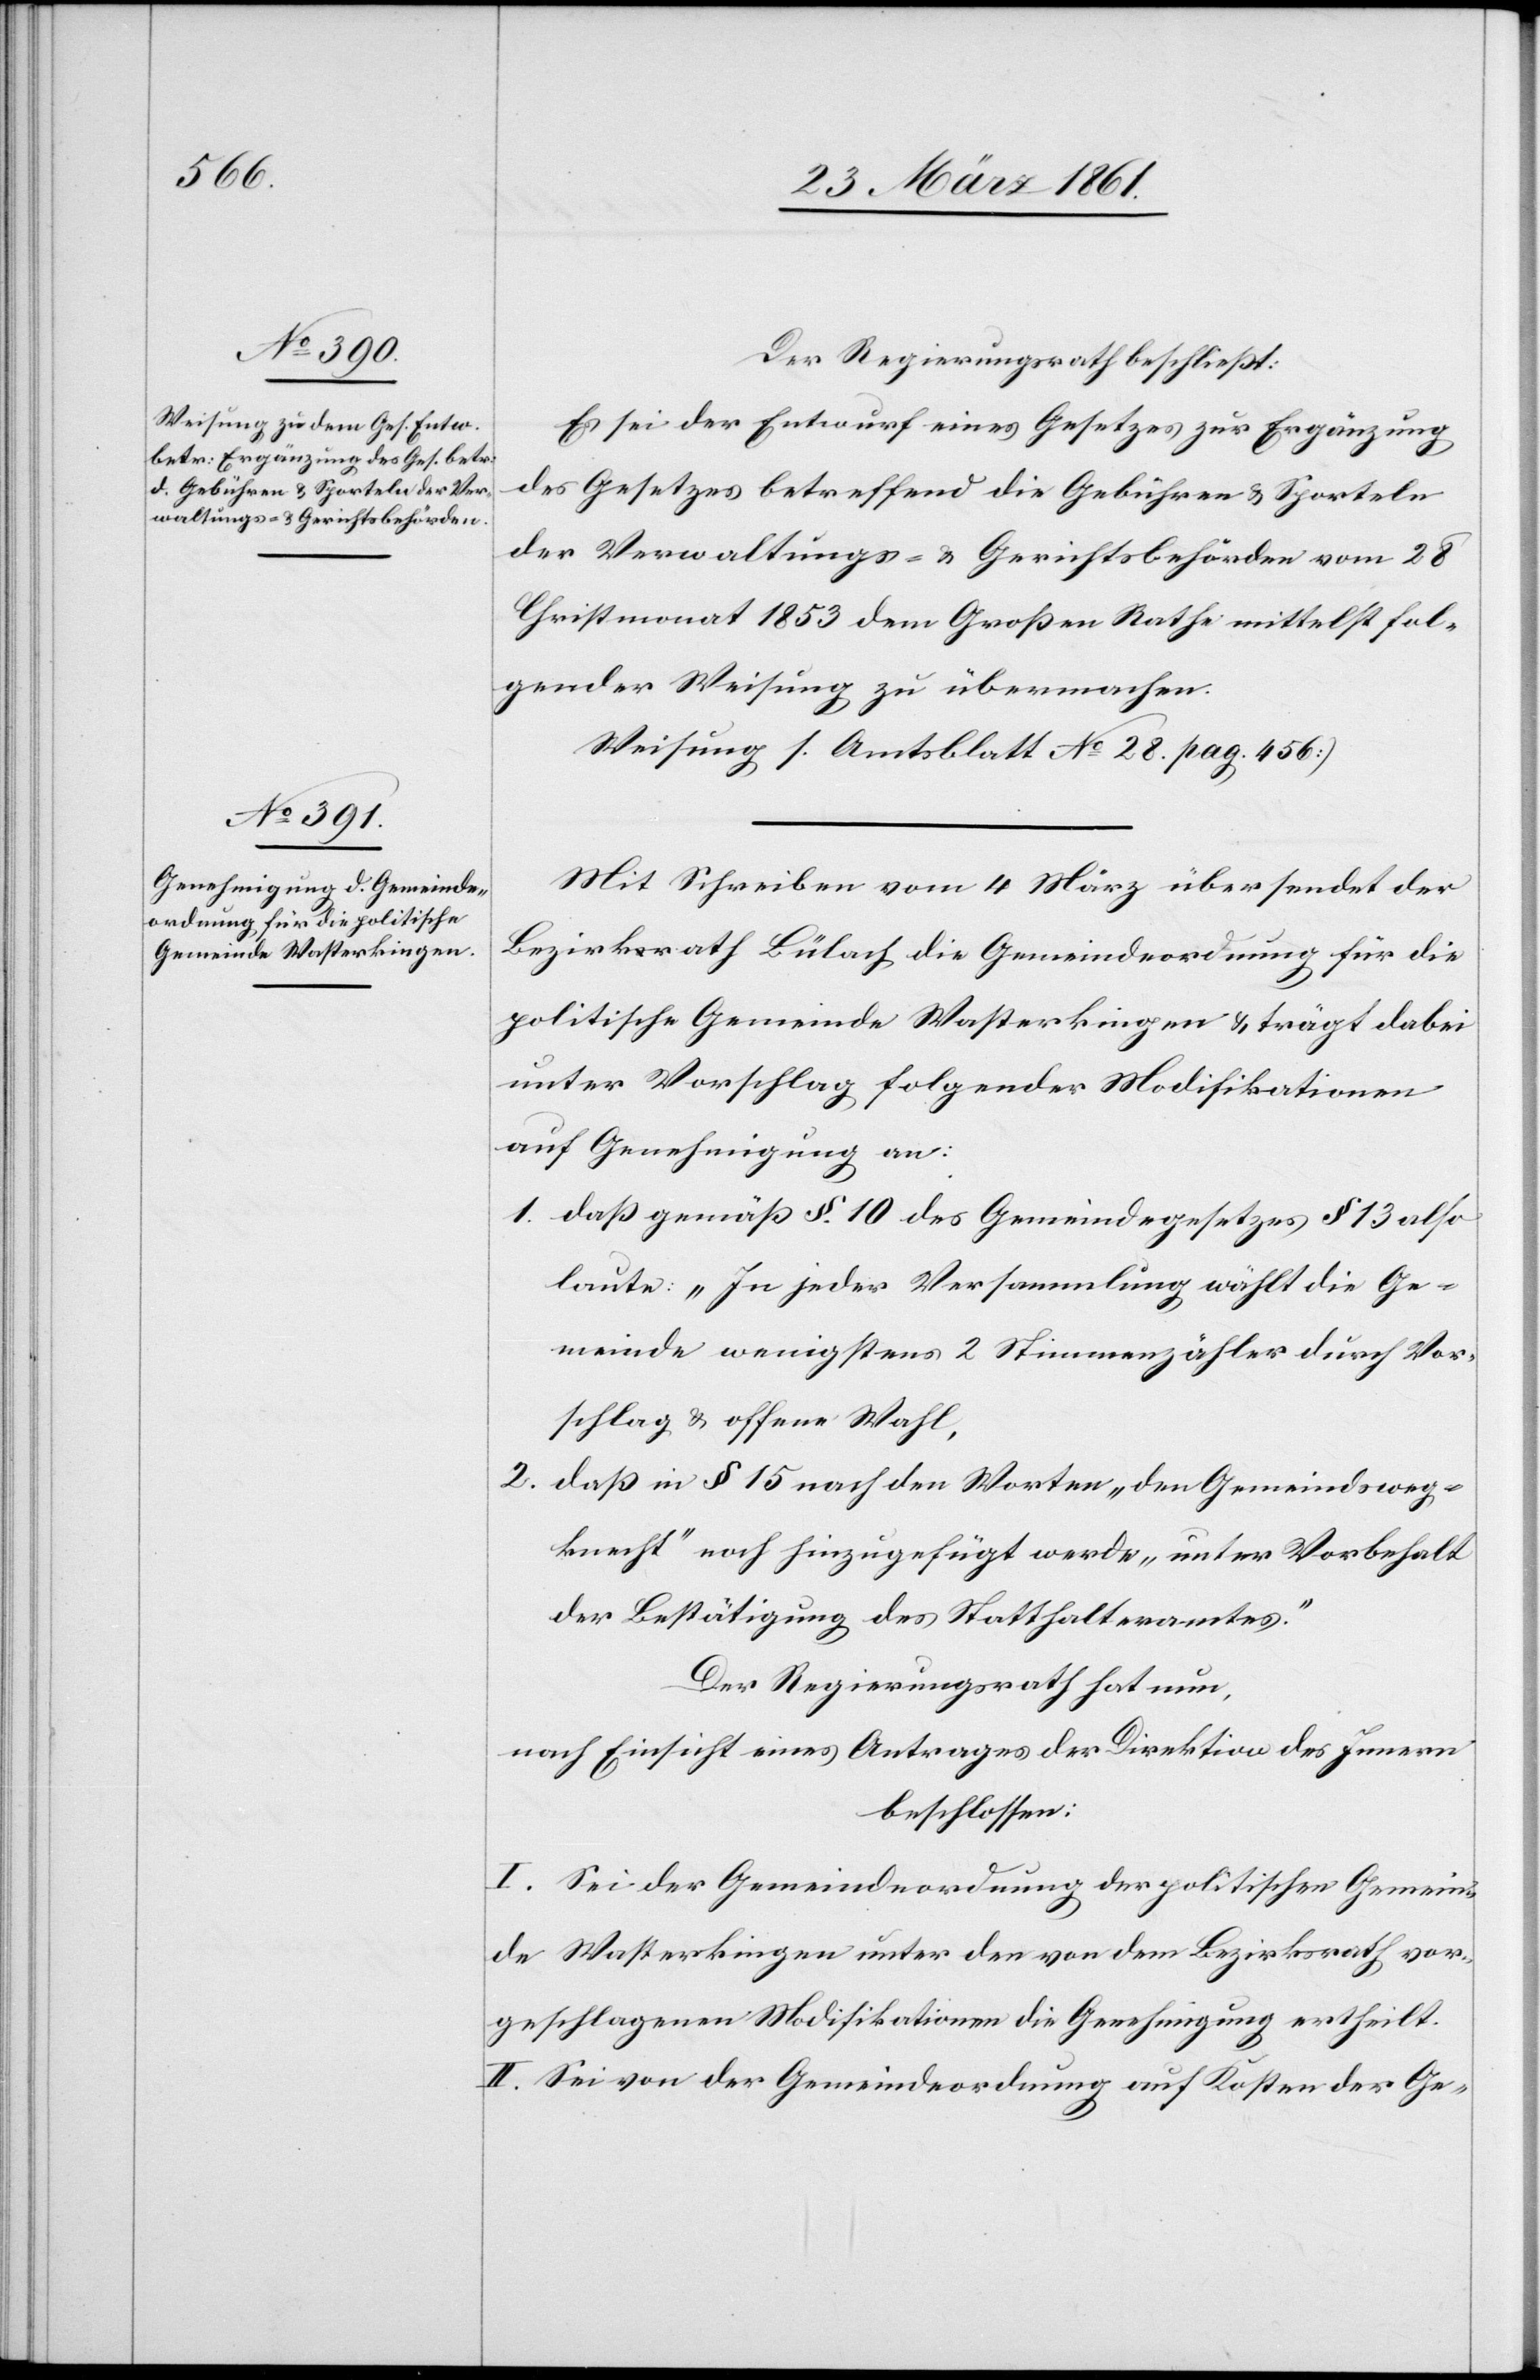
Der Regierungsrath beschließt:
Es sei der Entwurf eines Gesetzes zur Ergänzung
des Gesetzes betreffend die Gebühren u. Sporteln
der Verwaltungs- u. Gerichtsbehörden vom 28.
Christmonat 1853 dem Großen Rathe mittelst fol¬
gender Weisung zu übermachen.
[(]Weisung s. Amtsblatt No 28 pag. 456)
Mit Schreiben vom 4. März übersendet der
Bezirksrath Bülach die Gemeindeordnung für die
politische Gemeinde Wasterkingen u. trägt dabei
unter Vorschlag folgender Modifikationen
auf Genehmigung an:
1. daß gemäß § 10 des Gemeindegesetzes § 13 also
laute: „In jeder Versammlung wählt die Ge¬
meinde wenigstens 2 Stimmenzähler durch Vor¬
schlag u. offene Wahl[“],
2. daß in § 15 nach den Worten „den Gemeinds¬
knecht“ noch hinzugefügt werde „Unter Vorbehalt
der Bestätigung des Statthalteramtes.“
Der Regierungsrath hat nun,
nach Einsicht eines Antrages der Direktion des Innern
beschlossen:
I. Sei der Gemeindeordnung der politischen Gemein¬
de Wasterkingen unter den von dem Bezirksrath vor¬
geschlagenen Modifikationen die Genehmigung ertheilt.
II. Sei von der Gemeindeordnung auf Kosten der Ge-